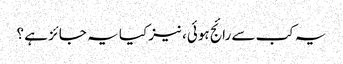
یہ کب سے رائج ہوئی، نیز کیا یہ جائز ہے ؟